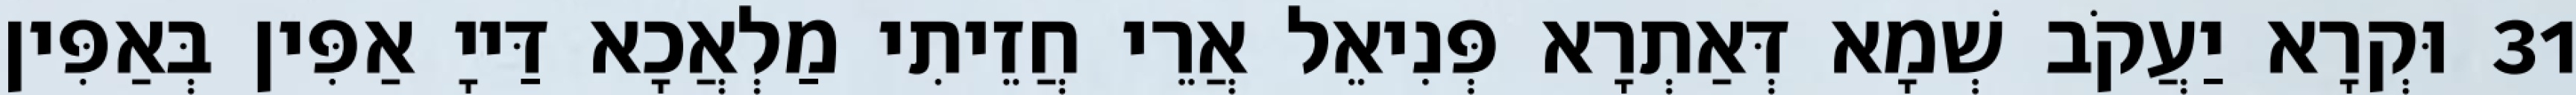
31 וּקְרָא יַעֲקֹב שְׁמָא דְּאַתְרָא פְּנִיאֵל אֲרֵי חֲזֵיתִי מַלְאֲכָא דַּייָ אַפִּין בְּאַפִּין